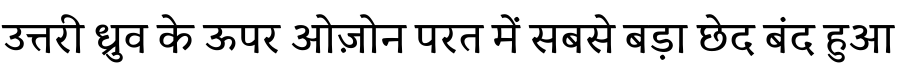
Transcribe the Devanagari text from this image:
उत्तरी ध्रुव के ऊपर ओज़ोन परत में सबसे बड़ा छेद बंद हुआ